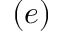
( e )